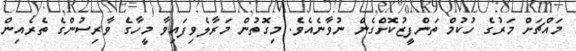
މައްޗަށް މަރުގެ ހުކުމް ތަންފީޒުކޮށްގެން ނުވާނެއެވެ. މިގޮތުން މަރާލެވިފައިވާ މީހާގެ ވާރިސުންގެ ތެރެއިން